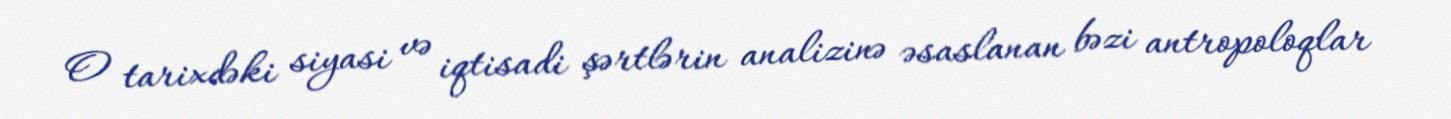
O tarixdəki siyasi və iqtisadi şərtlərin analizinə əsaslanan bəzi antropoloqlar